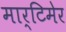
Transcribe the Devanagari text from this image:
मार्टिमेर